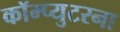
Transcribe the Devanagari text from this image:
कॉम्प्युटरना